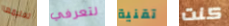
تعليمها لتعرفي تقنية كنت